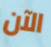
الآن